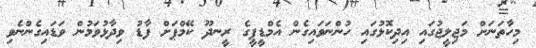
މިހާތަނަށް މަޖިލީޖުގައި އިދިކޮޅުގައި ހުންނަވައިގެން އެމްޑީޕީގެ ރީނދޫ ކޭމްޕަށް ފާޑު ވިދާޅުވަމުން ވަޑައިގެންނެވި